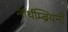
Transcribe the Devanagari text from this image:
नॉर्थम्ब्रियनों